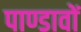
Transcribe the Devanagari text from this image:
पाण्डावों